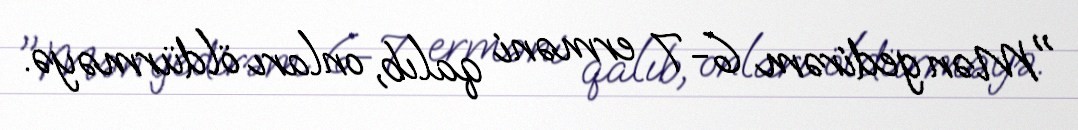
"Mən gedirəm 6-7 erməni qalıb, onları öldürməyə.